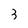
Character: 3